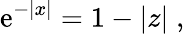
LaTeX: \mathrm{e}^{-|x|}=1-|z|\; ,